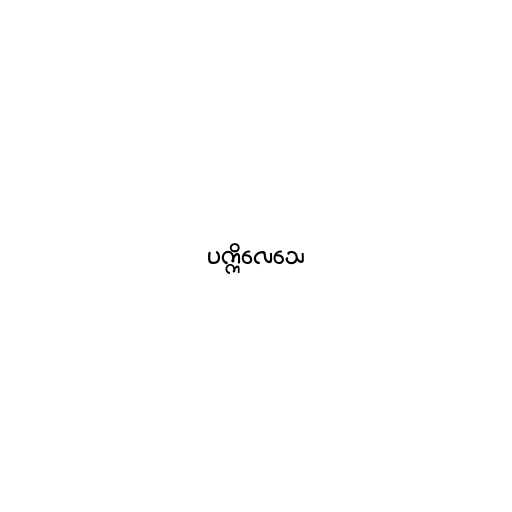
ပက္ကိလေသေ